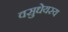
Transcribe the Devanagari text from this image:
वसुधेयस्य